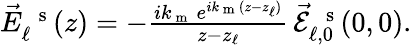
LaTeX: \begin{array}{r}{\vec{E}_{\ell}^{\mathrm{~\, ~s~}}(z)=-\frac{ik_{\mathrm{~m~}}\, e^{ik_{\mathrm{~m~}}(z-z_{\ell})}}{z-z_{\ell}}\, \! \! \, \! \, \, \! \, \, \! \! \, \! \, \, \! \! \, \! \! \, \! \, \, \! \! \, \! \! \, \! \, \, \! \, \, \! \! \, \! \, \, \! \! \, \! \! \, \! \, \, \! \, \, \! \! \, \! \, \, \! \, \, \! \! \, \! \, \, \! \! \, \! \! \, \! \, \, \! \, \, \! \! \, \! \, \, \! \, \, \! \! \vec{\mathcal{E}}_{\ell,0}^{\mathrm{~\, ~s~}}(0,0).}\end{array}